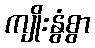
ကျိုးနွံစွာ